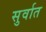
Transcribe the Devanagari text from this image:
सुर्वात